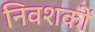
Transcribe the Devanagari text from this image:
निवशकों